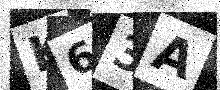
Text: K63A